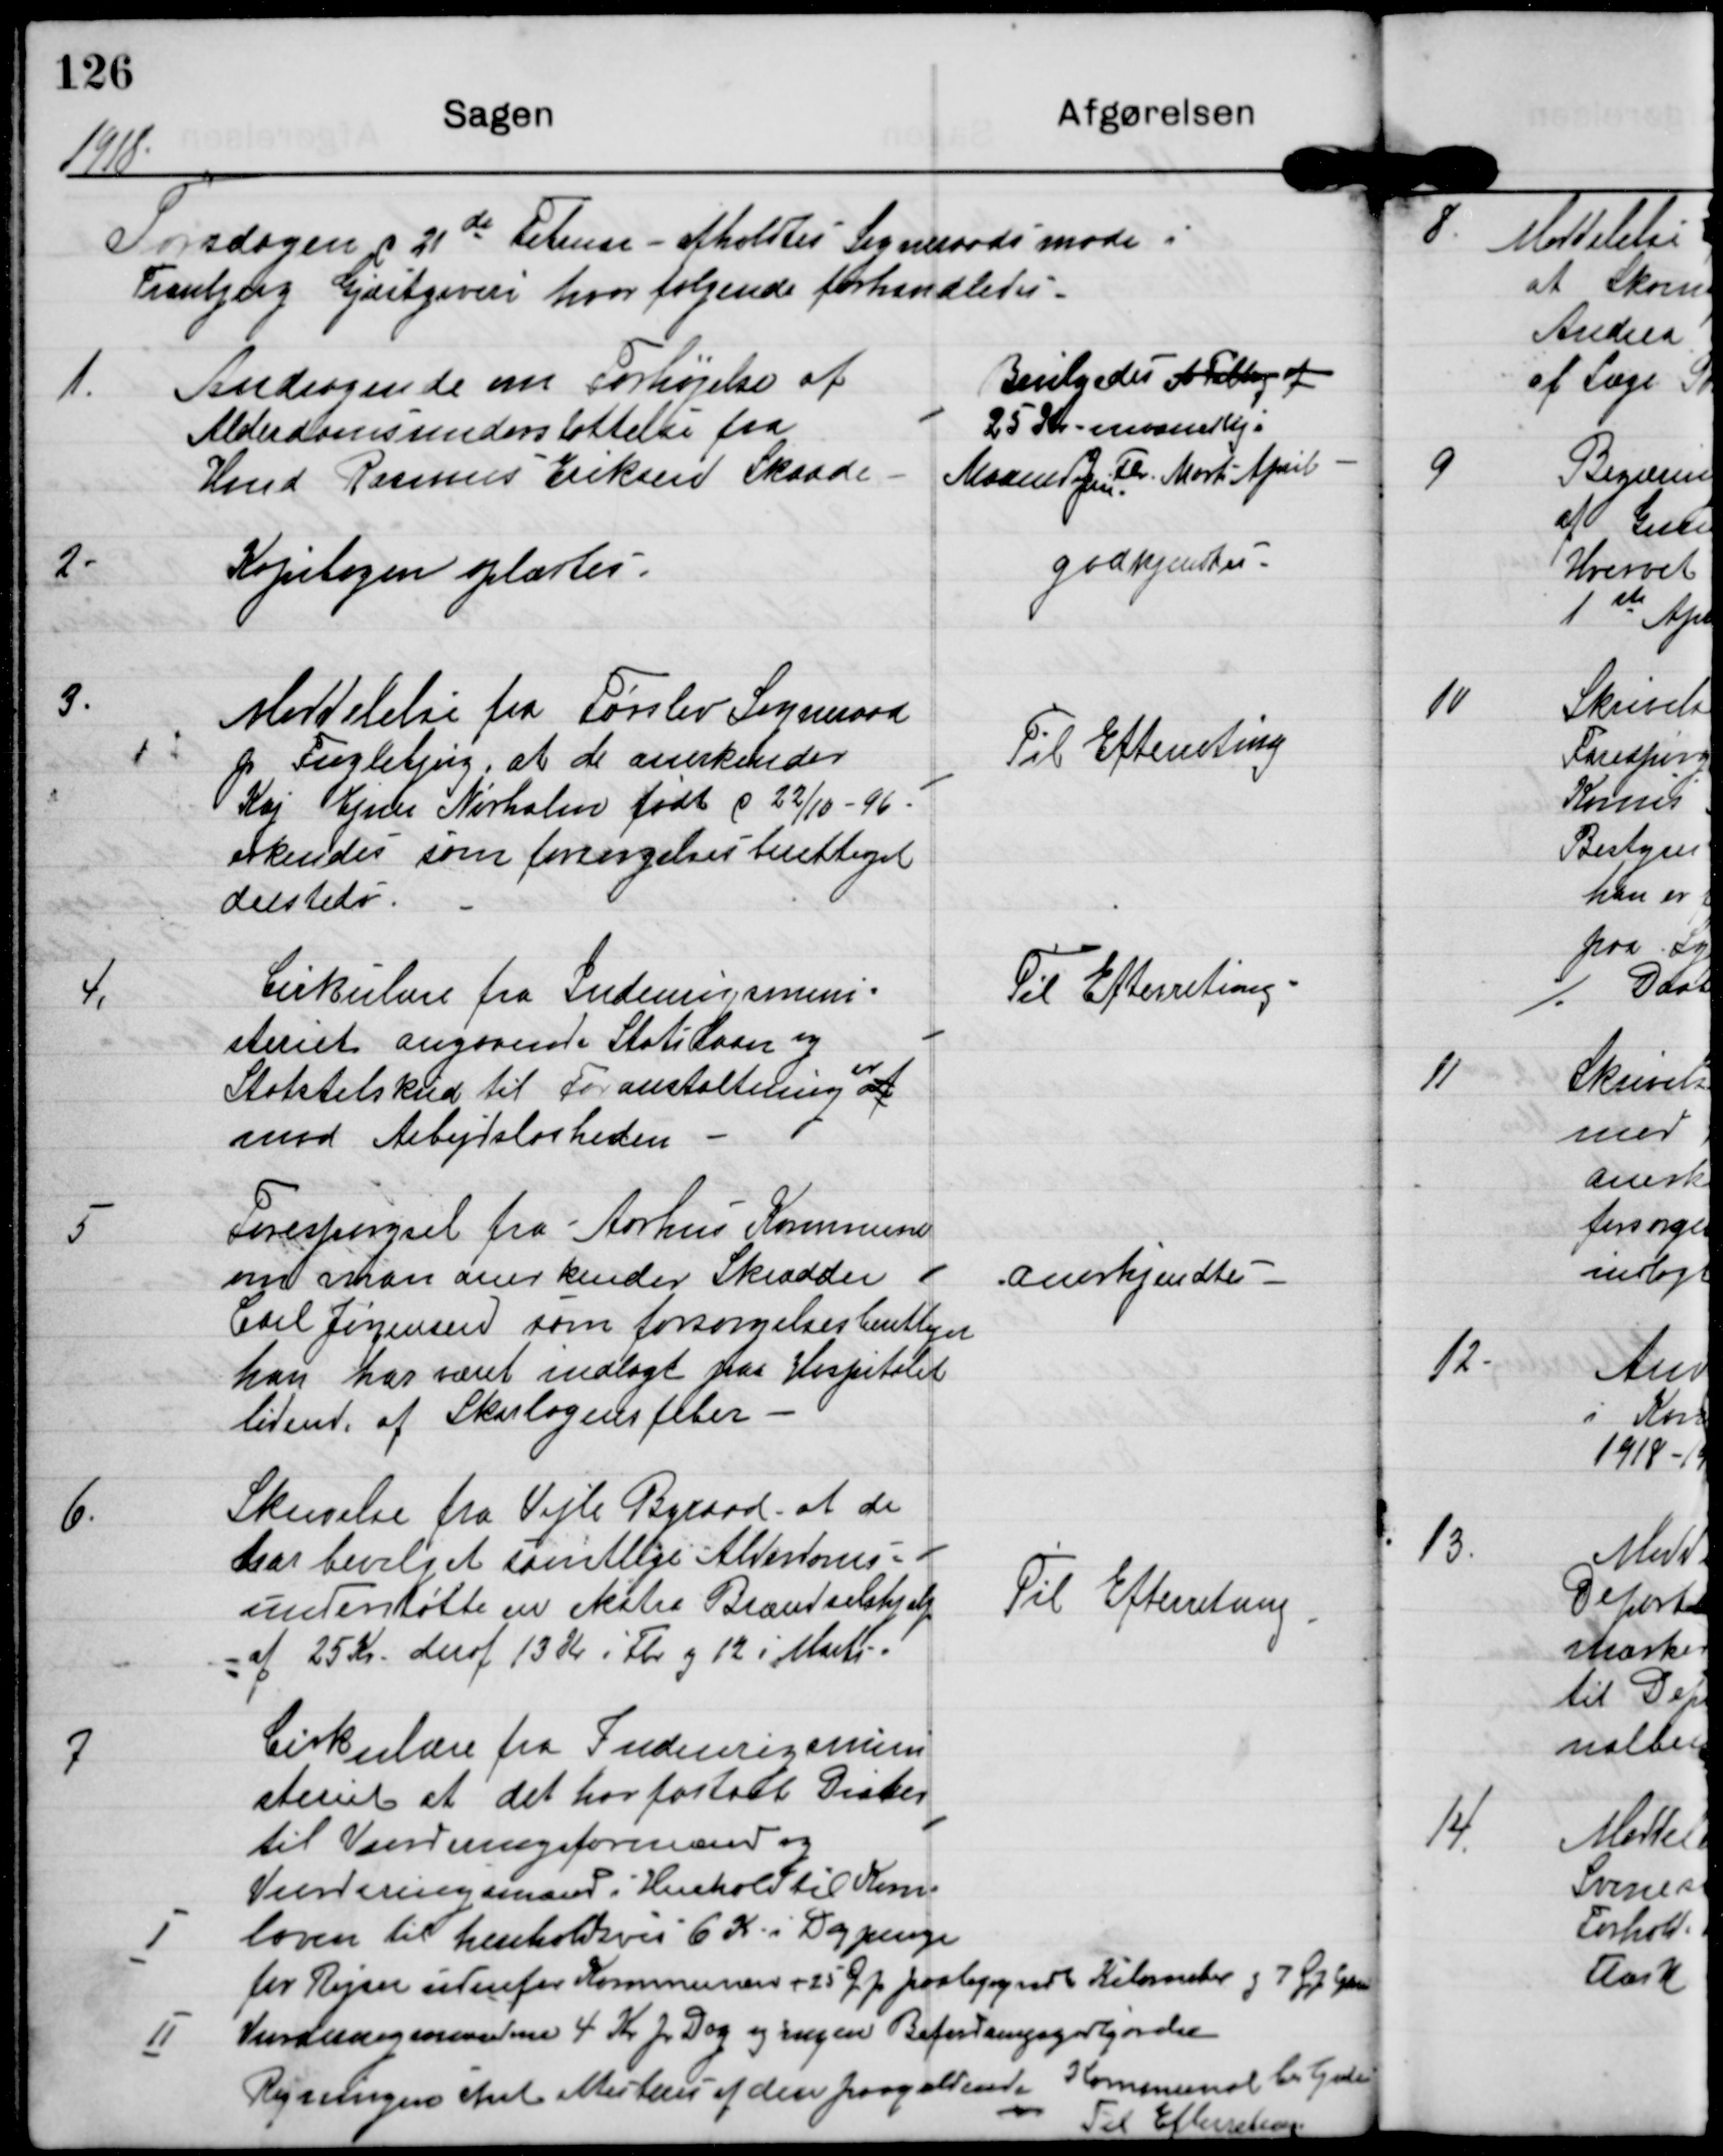
Transskription:
1918

Torsdagen d 21de Februar afholdtes Sogneraadsmøde i
Tranbjerg Gæstgiveri hvor følgende forhandledes

1.

Andragende om Forhøjelse af
Aldersomsunderstøttelse for
Knud Rasmus Eriksen Skaade

Bevilgedes AFelb af
25 Kr maanedlig i
Maanederne Fbr. Marts April

2.

Kopibogen oplæstes.

godkjendtes

3.

Meddelelse fra Førslev Sogneraad
p Fuglebjerg, at de anerkender
Kaj Ejner Nørholm født d 22/10-96
erkendes som forsørgelsesberettiget
dersteds.

Til Efterretning

4.

Cirkulære fra Indenrigsmini-
steriet angaaende Statioen og
Statstilskud til Foranstaltninger af
mod Arbejdsløsheden

Til Efterretning

5

Forespørgsel fra Aarhus Kommune
om man anerkender Skrædder
Carl Jørgensen som forsørgelsesberettiget
han har været indlagt paa Hospitalet
lidende af Skarlagensfeber.

anerkjendtes

6.

Skrivelse fra Vejle Byraad, at de
har bevilget samtlige Alderdoms-
understøtte en ekstra Brændselshjælp
af 25 Kr. deraf 13 Kr i Fbr. og 12 i Marts.

Til Efterretning

7

Cirkulære fra Indenrigsmini-
steriet at det har fastsat Diæter
til Vurderingsformænd og
Vurderinsmænd i Henhold til Kom.
I loven til henholdsvis 6 K i Dagpenge
for Rejser udenfor Kommunen + 25 Ø p paabegyndt Kilometer g 7 Ø ?
II Vurderinsmændene 4 kr pr Dag og ingen Befordringsgodtgørelse
Regningerne skal Markeres af den paagældende Kommunalbestyrelse
Til Efterretning